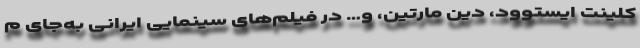
کلینت ایستوود، دین مارتین، و… در فیلم‌های سینمایی ایرانی به‌جای م